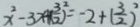
x ^ { 2 } - 3 x + ( \frac { 3 } { 2 } ) ^ { 2 } = - 2 + ( \frac { 3 } { 2 } ) ^ { 2 }